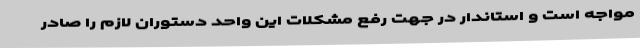
مواجه است و استاندار در جهت رفع مشکلات این واحد دستوران لازم را صادر